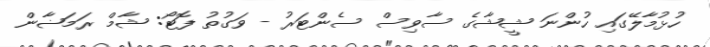
ހުޅުމާލޭގައި ހުންނަ ޝީޝާގެ ސާވިސް ސެންޓަރު - ވަގުތު ފޮޓޯ: ޝާމް ރަމަޟާން